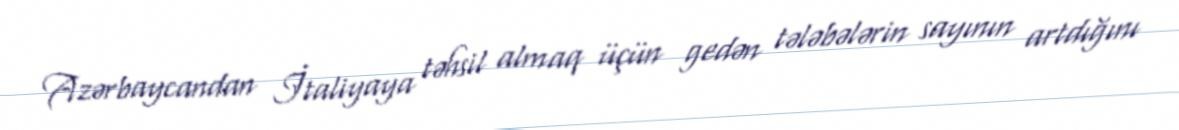
Azərbaycandan İtaliyaya təhsil almaq üçün gedən tələbələrin sayının artdığını